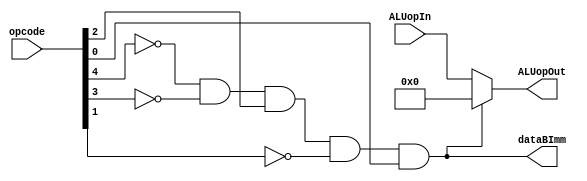
module control_cpu(opcode, dataBImm, ALUopIn, ALUopOut);
        
    //dataBImm = ALU uses immediate
    
    input[4:0] opcode, ALUopIn;

    output[4:0] ALUopOut;
    output dataBImm;

    wire w_dataBImm;

    assign w_dataBImm = ~opcode[4] && ~opcode[3] && opcode[2] && ~opcode[1] && opcode[0];
    assign dataBImm = w_dataBImm;
    assign ALUopOut = w_dataBImm ? 5'b0 : ALUopIn; 

endmodule